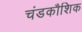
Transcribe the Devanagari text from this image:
चंडकौशिक